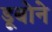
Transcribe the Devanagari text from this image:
डूबोने